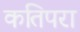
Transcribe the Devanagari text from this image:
कतिपरा